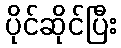
ပိုင်ဆိုင်ပြီး